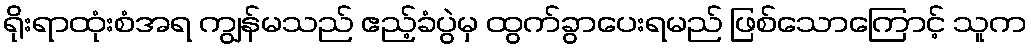
ရိုးရာထုံးစံအရ ကျွန်မသည် ဧည့်ခံပွဲမှ ထွက်ခွာပေးရမည် ဖြစ်သောကြောင့် သူက